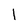
Character: l